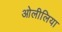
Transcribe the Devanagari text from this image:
ओलीलिया